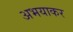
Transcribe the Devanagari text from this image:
अभयाकर